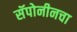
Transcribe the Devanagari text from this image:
सॅपोनीनचा